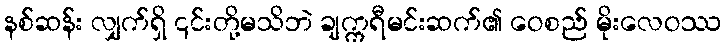
နစ်ဆန်း လျှက်ရှိ ၎င်းတို့မသိဘဲ ချက္ကရီမင်းဆက်၏ ဝေစည် မိုးလေဝဿ